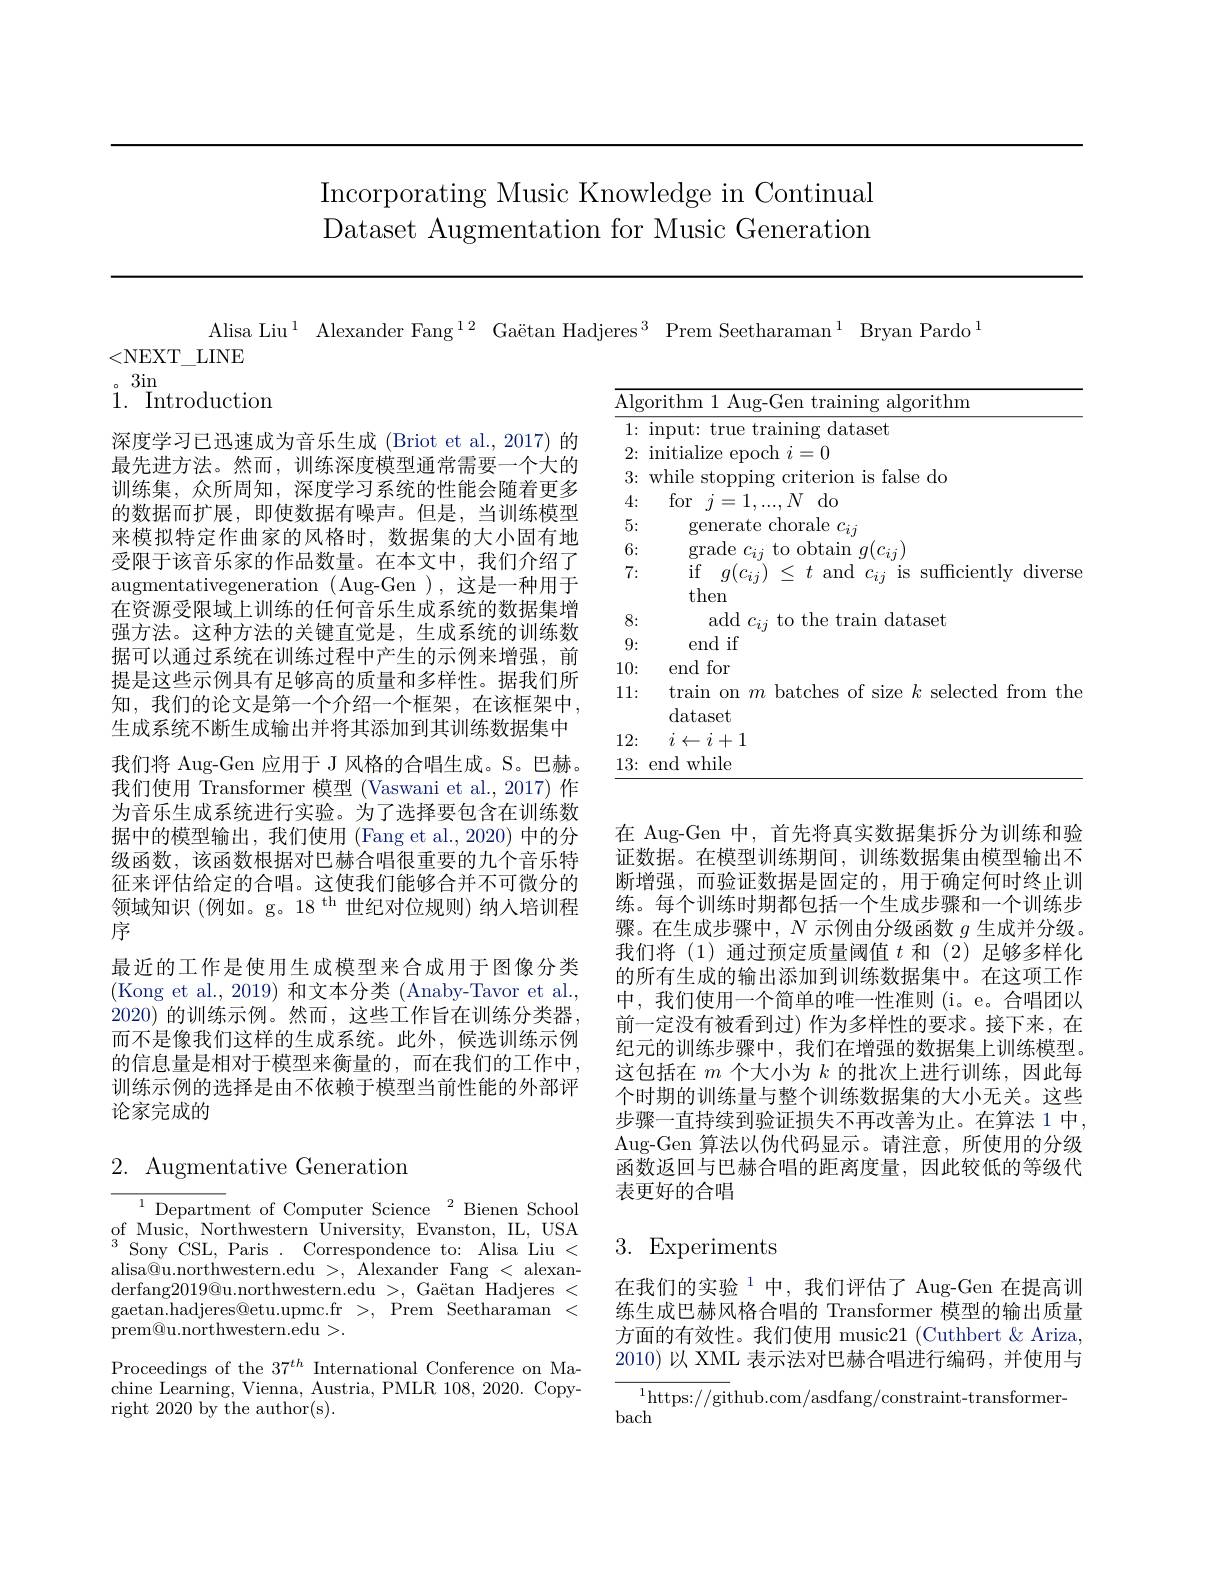
# Incorporating Music Knowledge in Continual Dataset Augmentation for Music Generation

Alisa Liu$^1$ Alexander Fang$^12\text{ Ga\"{e}tanHadjeres}^3$ Prem Seetharaman$^1$ Bryan Pardo$^1$

<NEXT\_LINE

<table>
	<tbody>
		<tr>
			<td>$\overline{{\mathrm{Alg}}}.$</td>
			<td>$\operatorname{lgorithm}$ rrthm</td>
		</tr>
		<tr>
			<td>1: </td>
			<td>$\operatorname{dataset}$</td>
		</tr>
		<tr>
			<td>2:</td>
			<td>III =0 $0ch$ </td>
		</tr>
		<tr>
			<td>3:</td>
			<td>while sto is false do 111.4 $\Upsilon1C$</td>
		</tr>
		<tr>
			<td>4:</td>
			<td>for $j$ 2= $N$ ${\mathrm{do}}$</td>
		</tr>
		<tr>
			<td>5:</td>
			<td>generate chorale $c_ij$</td>
		</tr>
		<tr>
			<td>6:</td>
			<td>grade to ohtaim $a(c_{ii}$</td>
		</tr>
		<tr>
			<td>7:</td>
			<td>if $g(c_{ij})\leq t$ and $c_{ij}$ is suffciently diverse the</td>
		</tr>
		<tr>
			<td>8:</td>
			<td>add $c_{ij}$ to the train dataset</td>
		</tr>
		<tr>
			<td>9:</td>
			<td>end if</td>
		</tr>
		<tr>
			<td>10:</td>
			<td>end for</td>
		</tr>
		<tr>
			<td>11:</td>
			<td>train on $m$ batches of size $k$ selected from the dataset</td>
		</tr>
		<tr>
			<td>12:</td>
			<td>$i\leftarrow i+1$</td>
		</tr>
		<tr>
			<td>13:</td>
			<td>end while</td>
		</tr>
	</tbody>
</table>

。3in
1. Introduction
深度学习已迅速成为音乐生成 (Briot et al., 2017) 的最先进方法。然而，训练深度模型通常需要一个大的训练集，众所周知，深度学习系统的性能会随着更多的数据而扩展，即使数据有噪声。但是，当训练模型来模拟特定作曲家的风格时，数据集的大小固有地受限于该音乐家的作品数量。在本文中，我们介绍了augmentativegeneration ( Aug-Gen ), 这是一种用于在资源受限域上训练的任何音乐生成系统的数据集增强方法。这种方法的关键直觉是，生成系统的训练数据可以通过系统在训练过程中产生的示例来增强，前提是这些示例具有足够高的质量和多样性。据我们所知，我们的论文是第一个介绍一个框架，在该框架中， 生成系统不断生成输出并将其添加到其训练数据集中我们将 Aug-Gen 应用于 J 风格的合唱生成。S。巴赫。我们使用 Transformer 模型 (Vaswani et al.,2017) 作为音乐生成系统进行实验。为了选择要包含在训练数据中的模型输出，我们使用(Fang et al.,2020) 中的分级函数，该函数根据对巴赫合唱很重要的九个音乐特征来评估给定的合唱。这使我们能够合并不可微分的领域知识 (例如。g。18$^\mathrm{th}$世纪对位规则)纳人培训程序
最近的工作是使用生成模型来合成用于图像分类(Kong et al., 2019) 和文本分类 (Anaby-Tavor et al., 2020)的训练示例。然而，这些工作旨在训练分类器而不是像我们这样的生成系统。此外，候选训练示例的信息量是相对于模型来衡量的，而在我们的工作中训练示例的选择是由不依赖于模型当前性能的外部评论家完成的

在 Aug-Gen 中，首先将真实数据集拆分为训练和验证数据。在模型训练期间，训练数据集由模型输出不断增强，而验证数据是固定的，用于确定何时终止训练。每个训练时期都包括一个生成步骤和一个训练步骤。在生成步骤中，$N$示例由分级函数$g$生成并分级。我们将(1)通过预定质量阈值$t$和 (2)足够多样化的所有生成的输出添加到训练数据集中。在这项工作中，我们使用一个简单的唯一性准则(i。e。合唱团以前一定没有被看到过) 作为多样性的要求。接下来，在纪元的训练步骤中，我们在增强的数据集上训练模型。这包括在$m$个大小为$k$的批次上进行训练，因此每个时期的训练量与整个训练数据集的大小无关。这些步骤一直持续到验证损失不再改善为止。在算法 1 中， Aug-Gen 算法以伪代码显示。请注意，所使用的分级函数返回与巴赫合唱的距离度量，因此较低的等级代表更好的合唱

# 2. Augmentative Generation

# 3. Experiments

${^{1}\text{Departm}}$ent of Computer Science${^2}$Bienen School of Music, Northwestern University, Evanston, IL, USA $^{3}$Sony $\' {C}$SL, Paris . Correspondence to: Alisa Liu < alisa@u.northwestern.edu >, Alexander Fang < alexanderfang$2019@$u.northwestern.edu>,Gaëtan$\stackrel{\text{Hadjeres}}<$ gaetan. hadjeres@ etu. upmc. fr > , Prem Seetharaman < prem@u.northwestern.edu>.
Proceedings of the $37^{th}$ International Conference on Machine Learning, Vienna, Austria, PMLR 108, 2020. Copyright 2020 by the author(s).

在我们的实验$^{1}$中，我们评估了 Aug-Gen 在提高训练生成巴赫风格合唱的 Transformer 模型的输出质量方面的有效性。我们使用 music21 (Cuthbert & Ariza, 2010)以 XML 表示法对巴赫合唱进行编码，并使用与
${^{1}\mathrm{https://github.com/asdfang/constraint-transformer-}}$

bach